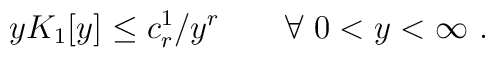
y K_1[y] \leq c^1_r/ y^r \qquad \forall ~ 0 < y < \infty~.